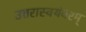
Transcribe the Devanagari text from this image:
उत्तरास्वयंवरम्